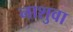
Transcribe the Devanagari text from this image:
नाशुवा